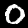
Digit: 0